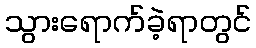
သွားရောက်ခဲ့ရာတွင်